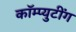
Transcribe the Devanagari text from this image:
कॉम्प्युटींग